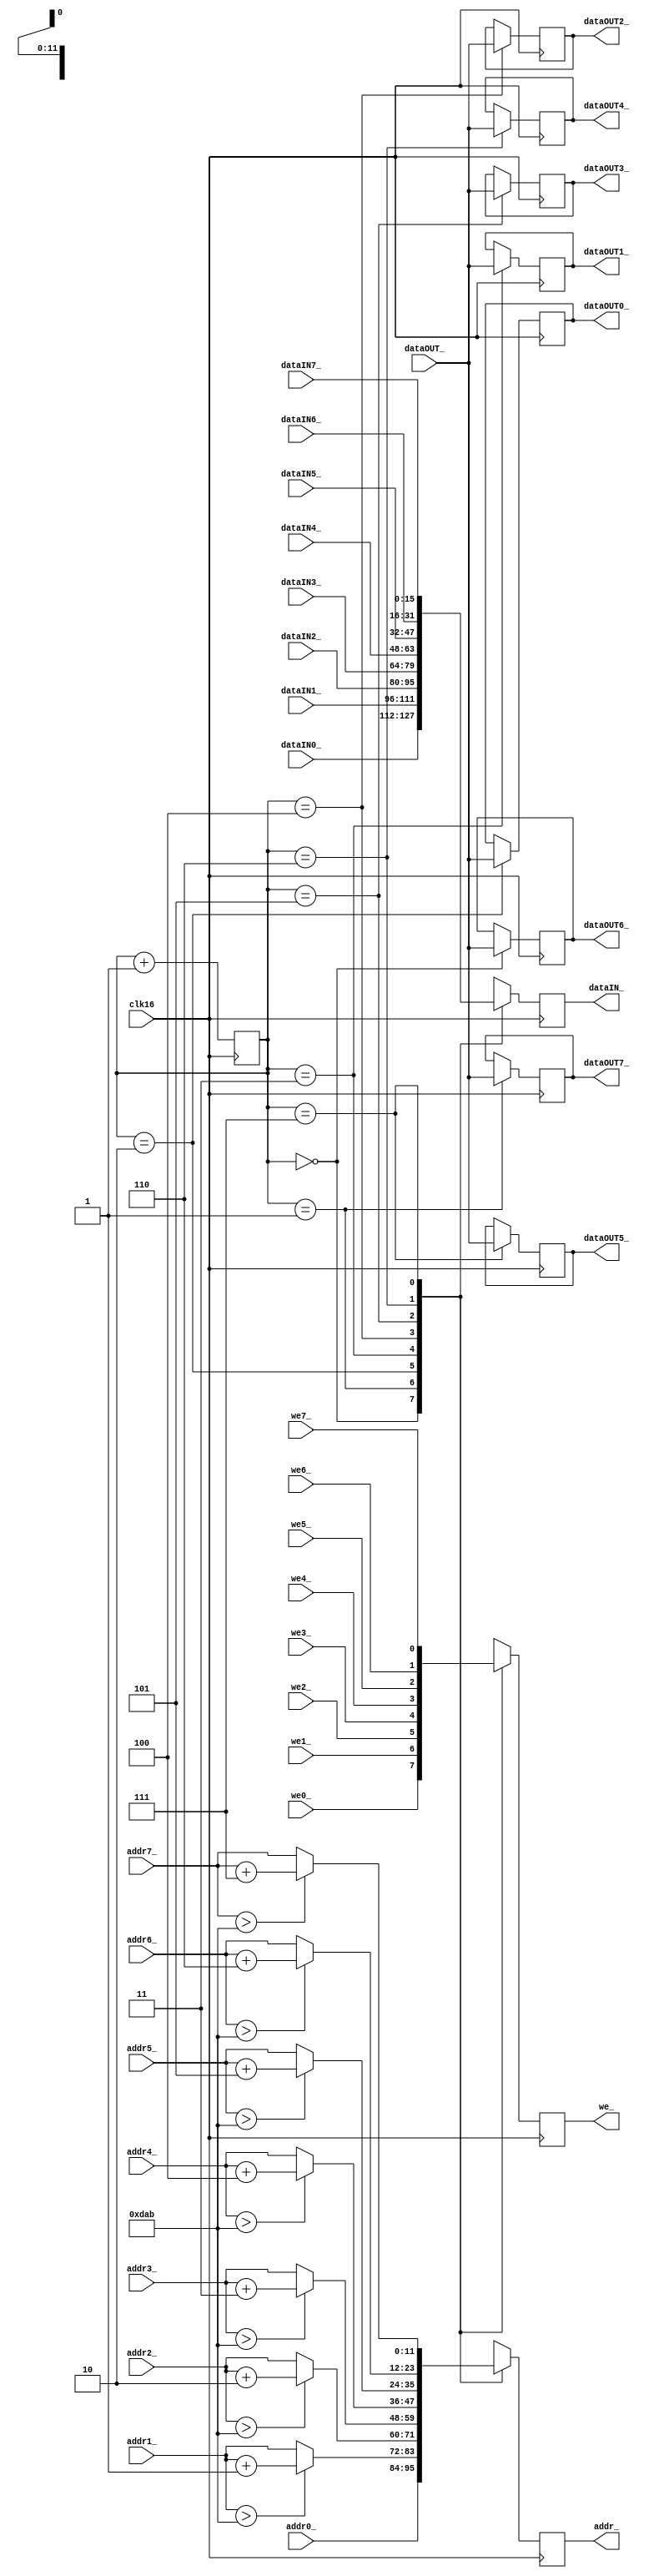
module memorycontroller
(
input clk16,

input [11:0] addr0_,
input we0_,
input [15:0] dataIN0_,
output reg [15:0] dataOUT0_,

input [11:0] addr1_,
input we1_,
input [15:0] dataIN1_,
output reg [15:0] dataOUT1_,

input [11:0] addr2_,
input we2_,
input [15:0] dataIN2_,
output reg [15:0] dataOUT2_,

input [11:0] addr3_,
input we3_,
input [15:0] dataIN3_,
output reg [15:0] dataOUT3_,

input [11:0] addr4_,
input we4_,
input [15:0] dataIN4_,
output reg [15:0] dataOUT4_,

input [11:0] addr5_,
input we5_,
input [15:0] dataIN5_,
output reg [15:0] dataOUT5_,

input [11:0] addr6_,
input we6_,
input [15:0] dataIN6_,
output reg [15:0] dataOUT6_,

input [11:0] addr7_,
input we7_,
input [15:0] dataIN7_,
output reg [15:0] dataOUT7_,



output reg [11:0] addr_,
output reg we_,
output reg [15:0] dataIN_,
input [15:0] dataOUT_

);

reg [2:0] counter = 0;

always @(posedge clk16)
begin

counter<=counter+1;

case(counter)

	3'd0: 
		begin
		addr_ <= addr0_;
		we_ <= we0_;
		dataIN_ <= dataIN0_;
		//dataOUT0_ <= dataOUT_;
		dataOUT6_ <= dataOUT_;
		end
	3'd1: 
		begin
		if(addr1_>3499) 
		begin
			addr_ <= addr1_+1;
		end
		else
		begin
			addr_ <= addr1_;
		end
			
		we_ <= we1_;
		dataIN_ <= dataIN1_;
		//dataOUT1_ <= dataOUT_;
		dataOUT7_ <= dataOUT_;
		end
		
	3'd2: 
		begin
		if(addr2_>3499) 
		begin
			addr_ <= addr2_+2;
		end
		else
		begin
			addr_ <= addr2_;
		end
			
		we_ <= we2_;
		dataIN_ <= dataIN2_;
		//dataOUT2_ <= dataOUT_;
		dataOUT0_ <= dataOUT_;
		end
		
	3'd3: 
		begin
		if(addr3_>3499) 
		begin
			addr_ <= addr3_+3;
		end
		else
		begin
			addr_ <= addr3_;
		end
			
		we_ <= we3_;
		dataIN_ <= dataIN3_;
		//dataOUT3_ <= dataOUT_;
		dataOUT1_ <= dataOUT_;
		end
		
	3'd4: 
		begin
		if(addr4_>3499) 
		begin
			addr_ <= addr4_+4;
		end
		else
		begin
			addr_ <= addr4_;
		end
			
		we_ <= we4_;
		dataIN_ <= dataIN4_;
		//dataOUT4_ <= dataOUT_;
		dataOUT2_ <= dataOUT_;
		end
	
	3'd5: 
		begin
		if(addr5_>3499) 
		begin
			addr_ <= addr5_+5;
		end
		else
		begin
			addr_ <= addr5_;
		end
			
		we_ <= we5_;
		dataIN_ <= dataIN5_;
		//dataOUT5_ <= dataOUT_;
		dataOUT3_ <= dataOUT_;
		end
		
	3'd6: 
		begin
		if(addr6_>3499) 
		begin
			addr_ <= addr6_+6;
		end
		else
		begin
			addr_ <= addr6_;
		end
			
		we_ <= we6_;
		dataIN_ <= dataIN6_;
		//dataOUT6_ <= dataOUT_;
		dataOUT4_ <= dataOUT_;
		end
	
	3'd7: 
		begin
		if(addr7_>3499) 
		begin
			addr_ <= addr7_+7;
		end
		else
		begin
			addr_ <= addr7_;
		end
			
		we_ <= we7_;
		dataIN_ <= dataIN7_;
		//dataOUT7_ <= dataOUT_;
		dataOUT5_ <= dataOUT_;
		end
		

		

endcase
end

endmodule